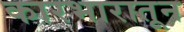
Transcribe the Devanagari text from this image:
कारभारातून